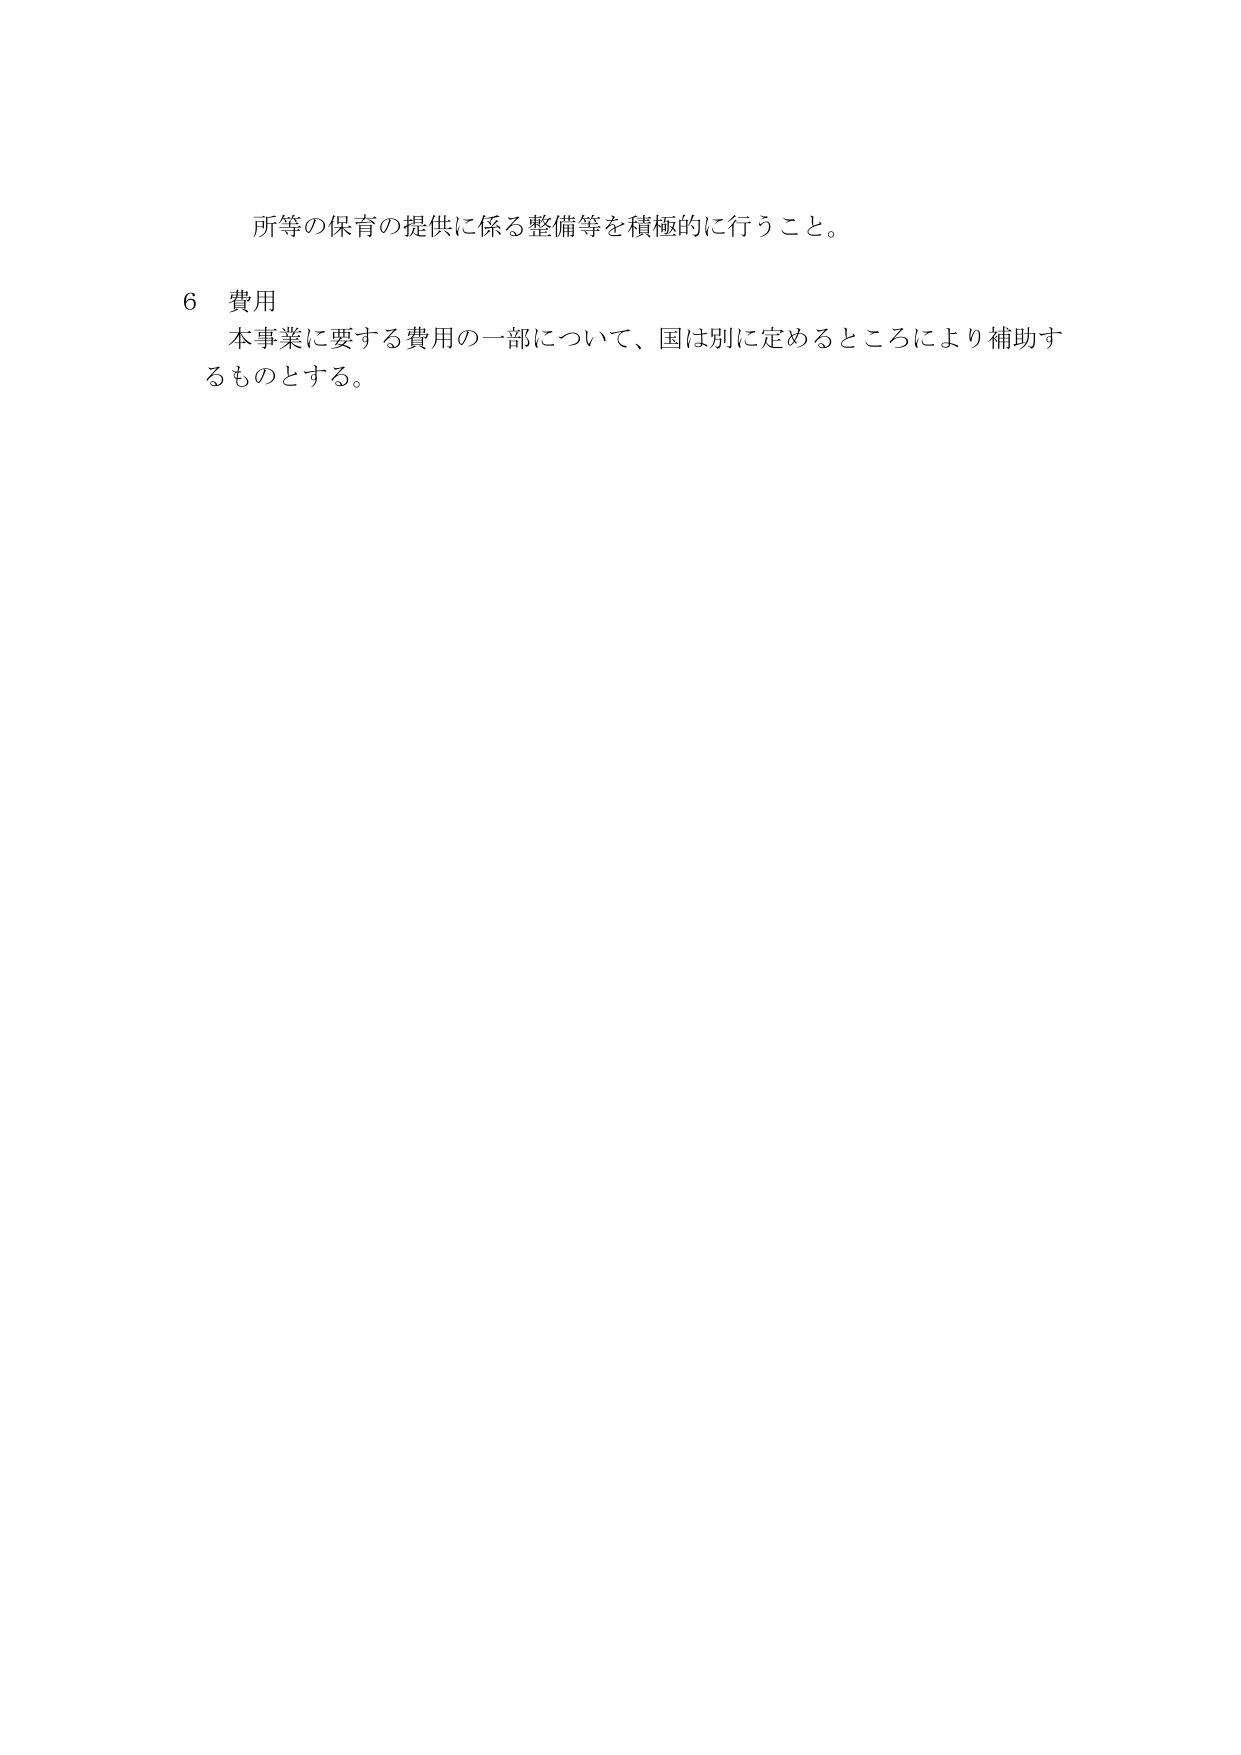
所等の保育の提供に係る整備等を積極的に行うこと。

6 費用
本事業に要する費用の一部について、国は別に定めるところにより補助するものとする。